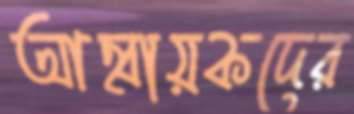
আহ্বায়কদের